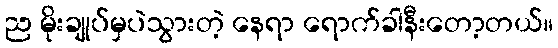
ည မိုးချုပ်မှပဲသွားတဲ့ နေရာ ရောက်ခါနီးတော့တယ်။